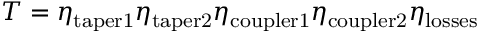
T = \eta _ { \mathrm { t a p e r 1 } } \eta _ { \mathrm { t a p e r 2 } } \eta _ { \mathrm { c o u p l e r 1 } } \eta _ { \mathrm { c o u p l e r 2 } } \eta _ { \mathrm { l o s s e s } }